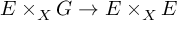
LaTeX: E \times _ { X } G \rightarrow E \times _ { X } E